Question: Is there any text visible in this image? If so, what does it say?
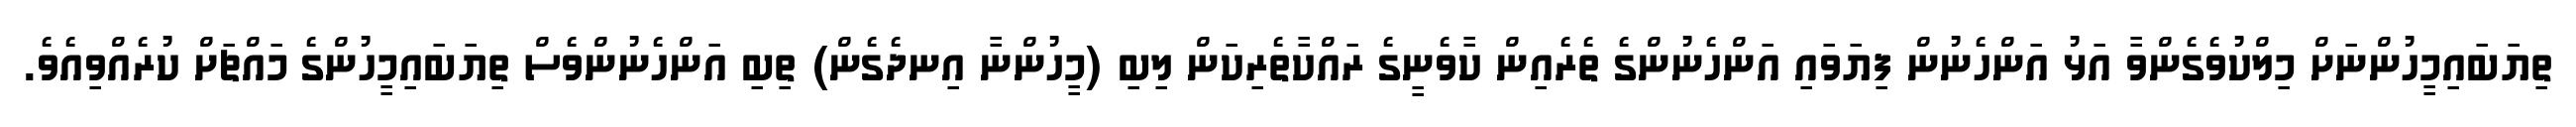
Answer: ތިޔަބައިމީހުންނަށް މިލްކުވެގެންވާ އަޅު އަންހެނުން ފިޔަވައި އަންހެނުންގެ ތެރެއިން ކާވެނީގެ ރައްކާތެރިކަން ލިބި (މީހުންނާ އިނދެގެން) ތިބި އަންހެނުންވެސް ތިޔަބައިމީހުންގެ މައްޗަށް ކުރެއްވިއެވެ.